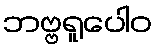
ဘဗ္ဗရူပေါဝ